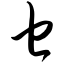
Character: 乜